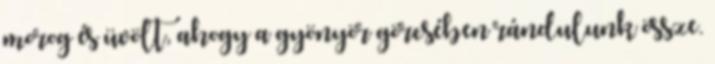
morog és üvölt, ahogy a gyönyör görcsében rándulunk össze.